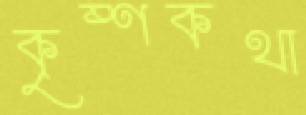
কৃষ্ণকথা